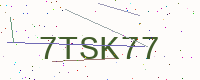
Text: 7TSK77